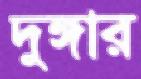
দুঙ্গার